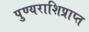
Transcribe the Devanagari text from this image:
पुण्यराशिप्राप्त